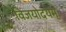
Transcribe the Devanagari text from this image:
विजयोदयम्